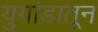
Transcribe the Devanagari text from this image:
युगांडातून